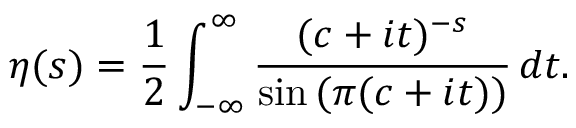
\eta ( s ) = { \frac { 1 } { 2 } } \int _ { - \infty } ^ { \infty } { \frac { ( c + i t ) ^ { - s } } { \sin { ( \pi ( c + i t ) ) } } } \, d t .